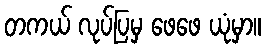
တကယ် လုပ်ပြမှ ဖေဖေ ယုံမှာ။